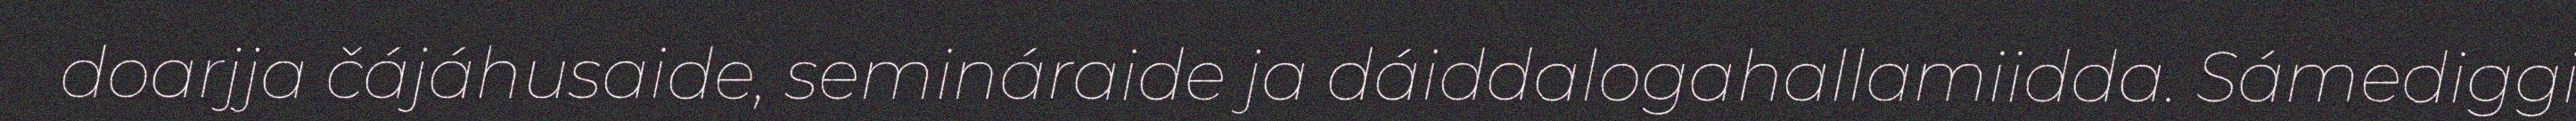
doarjja čájáhusaide, semináraide ja dáiddalogahallamiidda. Sámediggi